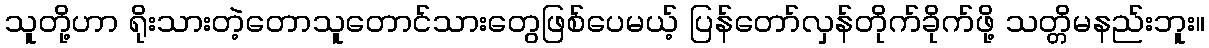
သူတို့ဟာ ရိုးသားတဲ့တောသူတောင်သားတွေဖြစ်ပေမယ့် ပြန်တော်လှန်တိုက်ခိုက်ဖို့ သတ္တိမနည်းဘူး။